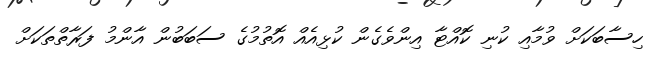
ހިސާބަކަށް ވުމާއި ކުނި ކޮއްޓާ އިންވެގެން ކުޅިއެއް އޮތުމުގެ ސަބަބުން އާންމު ފަރާތްތަކަށް